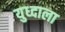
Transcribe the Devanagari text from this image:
युध्दाला